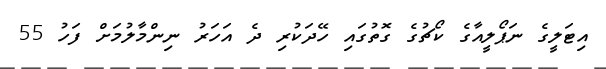
އިޓަލީގެ ނަޕޯލީއާގެ ކޯޗުގެ ގޮތުގައި ހޭދަކުރި ދެ އަހަރު ނިންމާލުމަށް ފަހު 55